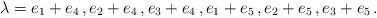
LaTeX: \begin{align*}\lambda = e_1 + e_4\, ,e_2 + e_4\, ,e_3 + e_4\, ,e_1+e_5\, ,e_2+e_5\, ,e_3+e_5\, .\end{align*}